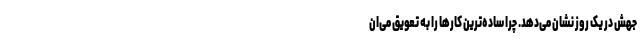
جهش در یک روز نشان می‌دهد. چرا ساده‌ترین‌ کارها را به تعویق می‌ان